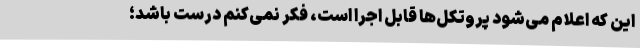
این که اعلام می‌شود پروتکل‌ها قابل اجرا است، فکر نمی‌کنم درست باشد؛